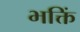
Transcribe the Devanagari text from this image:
भक्तिं